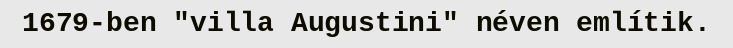
1679-ben "villa Augustini" néven említik.